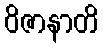
ဝိဇာနာတိ